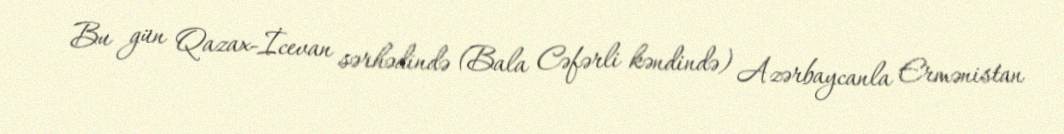
Bu gün Qazax-İcevan sərhədində (Bala Cəfərli kəndində) Azərbaycanla Ermənistan